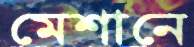
মেশানে